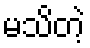
မသိတဲ့